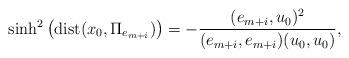
LaTeX: \begin{align*}\sinh^2\left(\mathrm{dist}(x_0, \Pi_{e_{m+i}})\right) = -\frac{(e_{m+i},u_0)^2}{(e_{m+i},e_{m+i})(u_0,u_0)},\end{align*}